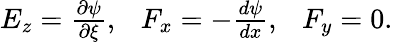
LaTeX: \begin{array}{r}{E_{z}=\frac{\partial\psi}{\partial\xi},~~~F_{x}=-\frac{d\psi}{dx},~~~F_{y}=0.}\end{array}